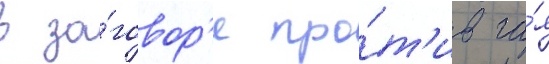
в за́говор'е про́т'ив га́я